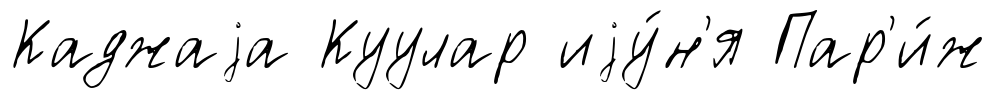
Каджаjа Куулар иjу́н'я Пар'и́ж